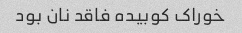
خوراک کوبیده فاقد نان بود